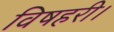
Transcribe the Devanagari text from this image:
विषहरी।